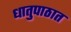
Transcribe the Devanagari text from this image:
धातुपाठात